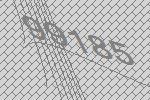
99185